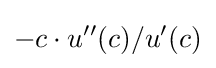
-c\cdot u''(c)/u'(c)